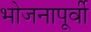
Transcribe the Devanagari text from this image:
भोजनापूर्वी